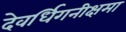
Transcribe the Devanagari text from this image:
देवर्धिगनीक्षमा